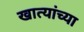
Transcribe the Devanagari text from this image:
खात्यांच्या